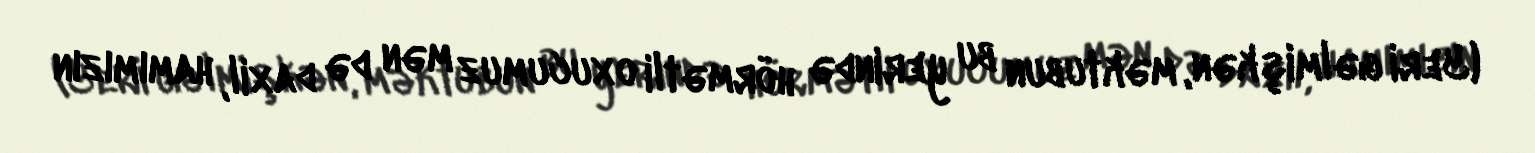
(Yeri gəlmişkən, məktubun bu yerində hörmətli oxucumuz mən də daxil, hamımızın